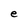
Character: e